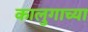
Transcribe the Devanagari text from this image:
कालुगाच्या